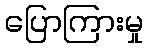
ပြောကြားမှု